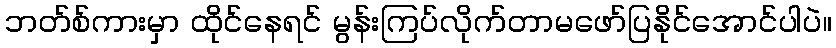
ဘတ်စ်ကားမှာ ထိုင်နေရင် မွန်းကြပ်လိုက်တာမဖော်ပြနိုင်အောင်ပါပဲ။